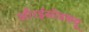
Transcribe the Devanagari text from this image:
औरईसीडब्ल्यू